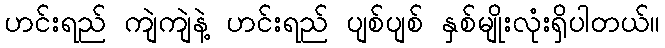
ဟင်းရည် ကျဲကျဲနဲ့ ဟင်းရည် ပျစ်ပျစ် နှစ်မျိုးလုံးရှိပါတယ်။